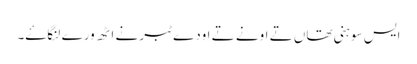
ایس سوہنی تھاں تے اونے تے اودے ٹبر نے اٹھ ورے لنگاۓ۔